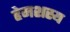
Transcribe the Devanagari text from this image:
हेमशस्य